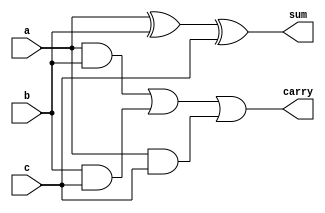
`timescale 1ns / 1ps
//////////////////////////////////////////////////////////////////////////////////
// Company: 
// Engineer: 
// 
// Design Name: 
// Module Name: full_adder
// Project Name: 
// Target Devices: 
// Tool Versions: 
// Description: 
// 
// Dependencies: 
// 
// Revision:
// Revision 0.01 - File Created
// Additional Comments:
// 
//////////////////////////////////////////////////////////////////////////////////


module full_adder(
    input a,b,c,
    output sum,carry
    );
    assign sum=a^b^c;
    assign carry=(a&b)|(b&c)|(a&c);
endmodule